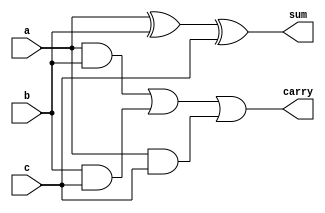
`timescale 1ns / 1ps
//////////////////////////////////////////////////////////////////////////////////
// Company: 
// Engineer: 
// 
// Design Name: 
// Module Name: full_adder
// Project Name: 
// Target Devices: 
// Tool Versions: 
// Description: 
// 
// Dependencies: 
// 
// Revision:
// Revision 0.01 - File Created
// Additional Comments:
// 
//////////////////////////////////////////////////////////////////////////////////


module full_adder(
    input a,b,c,
    output sum,carry
    );
    assign sum=a^b^c;
    assign carry=(a&b)|(b&c)|(a&c);
endmodule